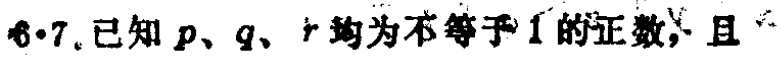
6·7.已知\(p、q、r\)均为不等于\(1\)的正数，且